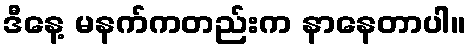
ဒီနေ့ မနက်ကတည်းက နာနေတာပါ။